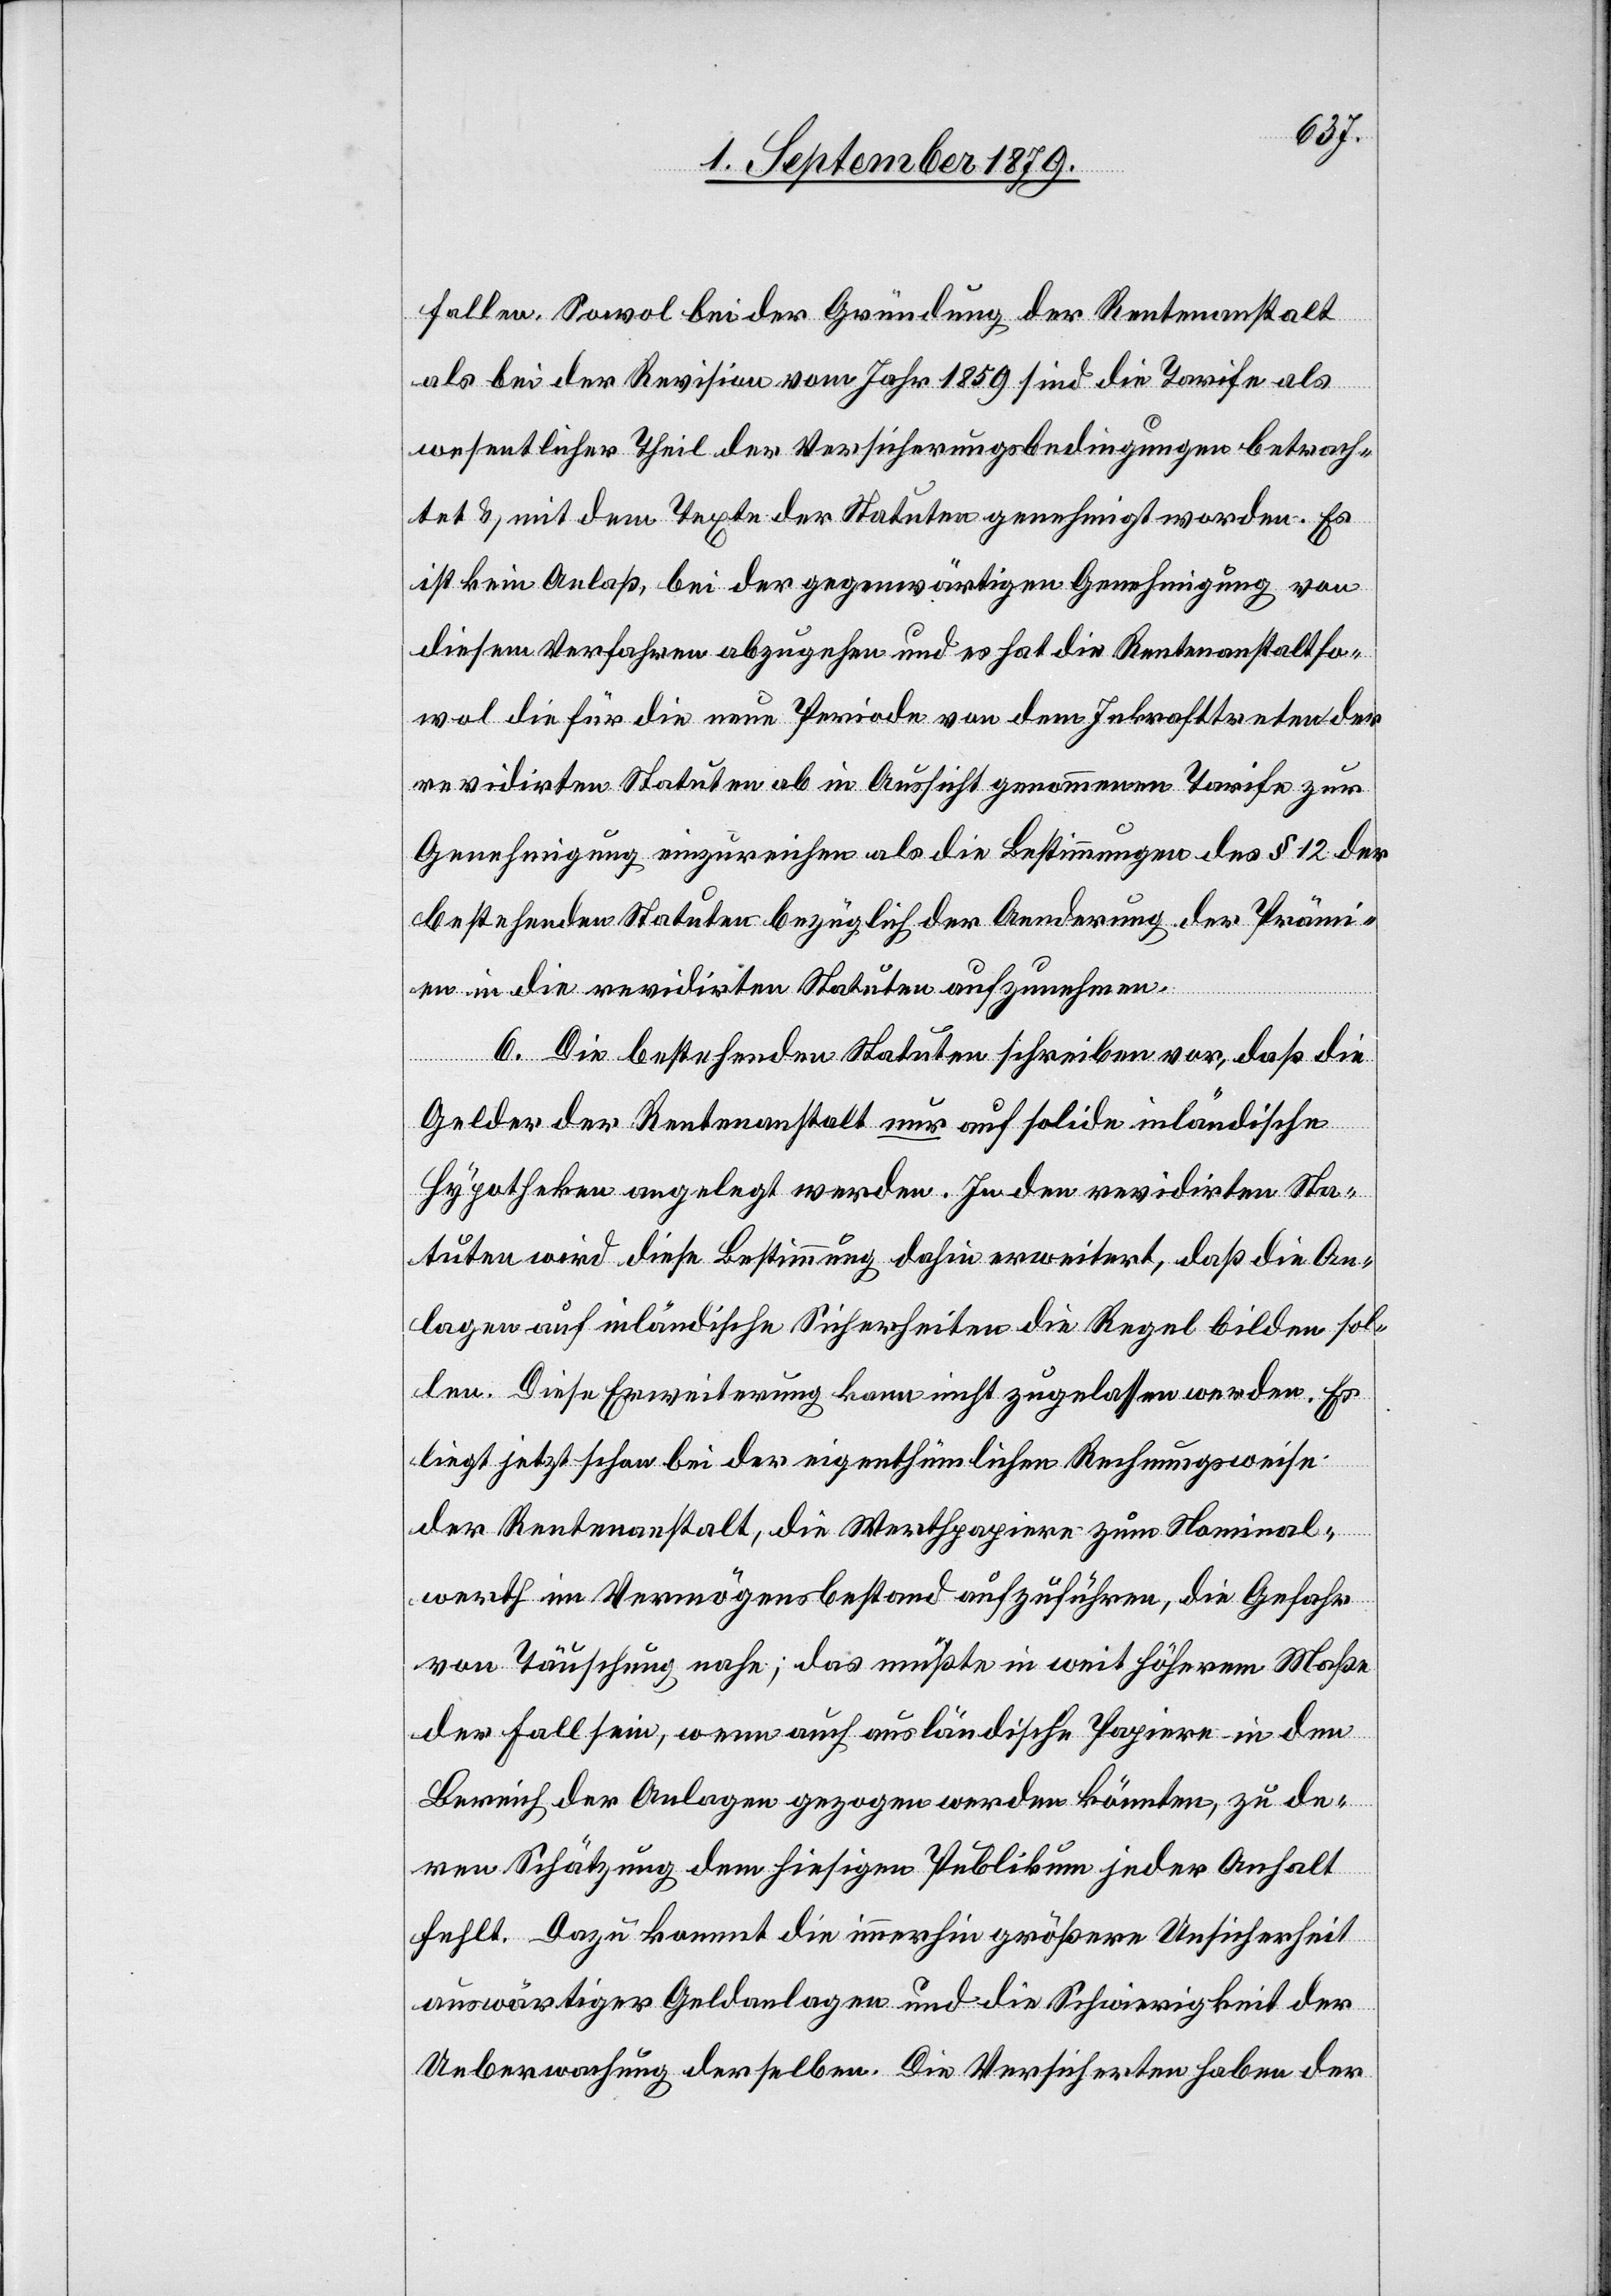
fallen. Sowol bei der Gründung der Rentenanstalt
als bei der Revision vom Jahr 1859 sind die Tarife als
wesentlicher Theil der Versicherungsbedingungen betrach¬
tet & mit dem Texte der Statuten genehmigt worden. Es
ist kein Anlaß, bei der gegenwärtigen Genehmigung von
diesem Verfahren abzugehen und es hat die Rentenanstalt so¬
wol die für die neue Periode von dem Inkrafttreten der
revidirten Statuten ab in Aussicht genommenen Tarife zur
Genehmigung einzureichen als die Bestimmungen des § 12 der
bestehenden Statuten bezüglich der Aenderung der Prämi¬
en in die revidirten Statuten aufzunehmen.
6. Die bestehenden Statuten schreiben vor, daß die
Gelder der Rentenanstalt nur auf solide inländische
Hypotheken angelegt werden. In den revidirten Sta¬
tuten wird diese Bestimmung dahin erweitert, daß die An¬
lagen auf inländische Sicherheiten die Regel bilden sol¬
len. Diese Erweiterung kann nicht zugelassen werden. Es
liegt jetz schon bei der eigenthümlichen Rechnungsweise
der Rentenanstalt, die Werthpapiere zum Nominal¬
werth im Vermögensbestand aufzuführen, die Gefahr
von Täuschung nahe; das müßte in weit höherm Maße
der Fall sein, wenn auch ausländische Papier in dem
Bereich der Anlagen gezogen werden könnten, zu de¬
ren Schätzung dem hiesigen Publikum jeder Anhalt
fehlt. Dazu kommt die immerhin größere Unsicherheit
auswärtiger Geldanlagen und die Schwierigkeit der
Ueberwachung derselben. Die Versicherten haben der